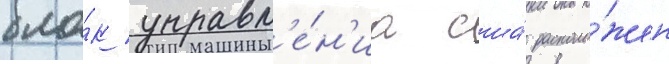
бло́к управл'е́н'иа сша́ располо́жен